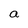
Character: a